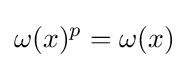
\omega (x)^{p}=\omega (x)